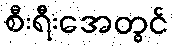
စီးရီးအေတွင်